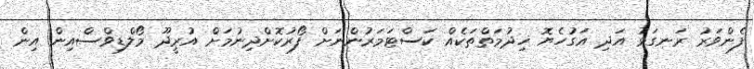
ފެންވަރު ރަނގަޅު އަދި އަގުހެޔޮ ޚިދުމަތްތަކެއް ކަސްޓަމަރުންނަށް ފޯރުކޮށްދިނުމަށް އުރީދޫ މޯލްޑިވްސްއިން އިން